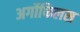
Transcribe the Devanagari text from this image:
अर्गोफिलस